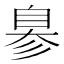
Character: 𦤒